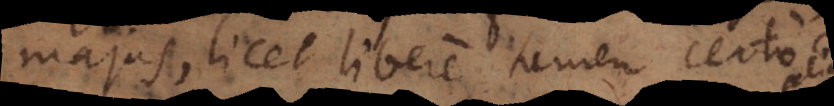
majus, licet libere tamen certo